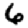
Digit: 6